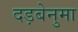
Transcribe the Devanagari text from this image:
दड़बेनुमा